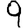
Digit: 9